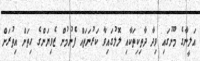
އަލީނާގެ މޫނުގައި ވިދާ ދާތިކިތަކާއި ލޮލުގައިވާ ކަރުނަތައް ފެނުމުން ޒެވިޔަންގެ ހިތަށް އިތުރަށް